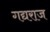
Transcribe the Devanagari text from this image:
गद्यराज